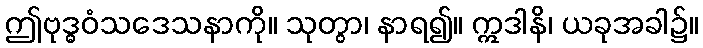
ဤဗုဒ္ဓဝံသဒေသနာကို။ သုတွာ၊ နာရ၍။ ဣဒါနိ၊ ယခုအခါ၌။